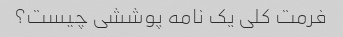
فرمت کلی یک نامه پوششی چیست؟